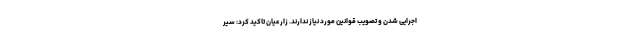
اجرایی شدن و تصویب قوانین مورد نیاز ندارند. زارعیان تاکید کرد: سیر